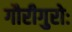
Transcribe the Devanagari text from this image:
गौरीगुरोः